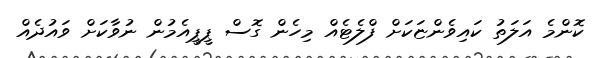
ކޮންމެ އަލަތު ކައިވެންޏަކަށް ފްލެޓެއް މިހެން ގޮސް ޕީޕީއެމުން ނުވާކަށް ވައުދެއް